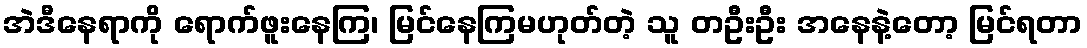
အဲဒီနေရာကို ရောက်ဖူးနေကြ၊ မြင်နေကြမဟုတ်တဲ့ သူ တဦးဦး အနေနဲ့တော့ မြင်ရတာ